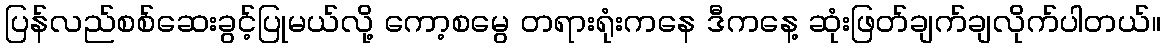
ပြန်လည်စစ်ဆေးခွင့်ပြုမယ်လို့ ကော့စမွေ တရားရုံးကနေ ဒီကနေ့ ဆုံးဖြတ်ချက်ချလိုက်ပါတယ်။